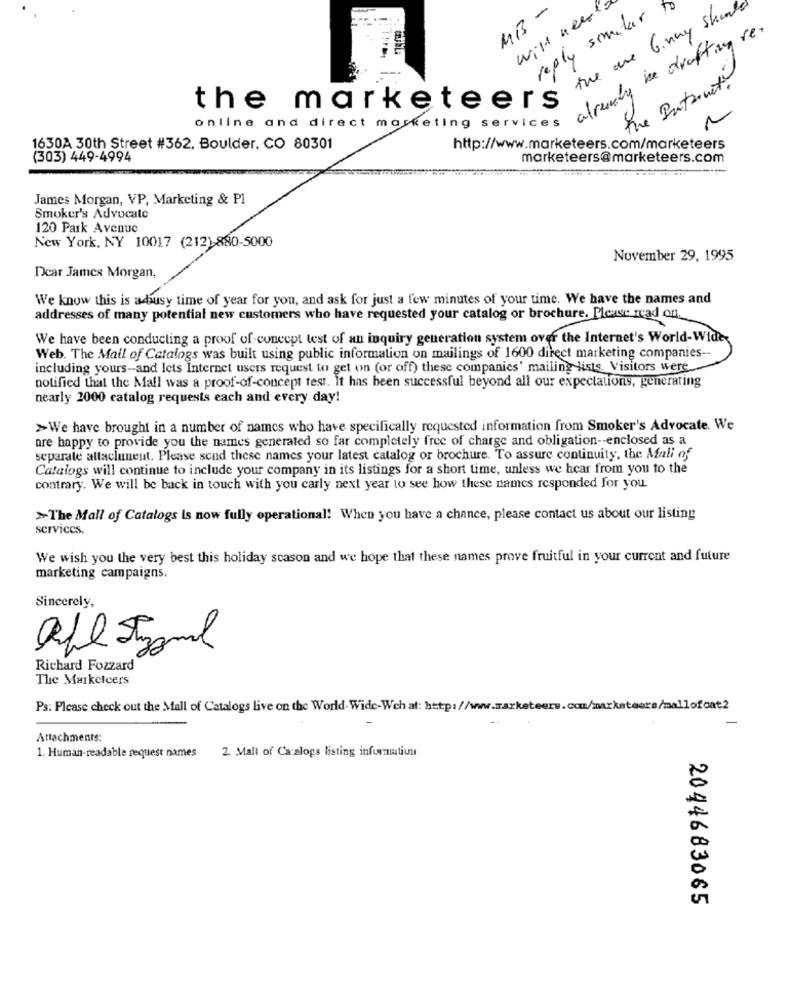
MB -
will needto
reply samlar to
the ore Ginny Should
already is drafting re.
The Internet.
the marketeers
online and direct marketing services
1630A 30th Street #362, Boulder. CO 80301
http://www.marketeers.com/marketeers
(303) 449-4994
marketeers@marketeers.com
James Morgan, VP, Marketing & Pl
Smoker's Advocate
120 Park Avenue
New York, NY 10017 (212)-880-5000
November 29, 1995
Dear James Morgan,
We know this is abusy time of year for you, and ask for just a few minutes of your time. We have the names and
addresses of many potential new customers who have requested your catalog or brochure. Please read on
We have been conducting a proof of concept test of an inquiry generation system over the Internet's World-Wide
Web. The Mall of Catalogs was built using public information on mailings of 1600 direct marketing companies --
including yours-and lets Internet users request to get on (or off) these companies' mailing lists. Visitors were
notified that the Mall was a proof-of-concept test. It has been successful beyond all our expectations, generating
nearly 2000 catalog requests each and every day!
>We have brought in a number of names who have specifically requested information from Smoker's Advocate. We
are happy to provide you the names generated so far completely free of charge and obligation -- enclosed as a
separate altaclunent. Please send these names your latest catalog or brochure. To assure continuity, the Mali of
Catalogs will continue to include your company in its listings for a short time, unless we hear from you to the
contrary. We will be back in touch with you carly next year to see how these names responded for you.
>The Mall of Catalogs is now fully operational! When you have a chance, please contact us about our listing
Services.
We wish you the very best this holiday season and we hope that these names prove fruitful in your current and future
marketing campaigns.
Sincerely,
Richard Fozzard
The Marketeers
Ps: Please check out the Mall of Catalogs live on the World- Wide-Wch af: http://www.marketeers.com/marketeers/mallofcat2
Attachments:
1. Human-readable request names
2. Mall of Catalogs listing information
2044683065